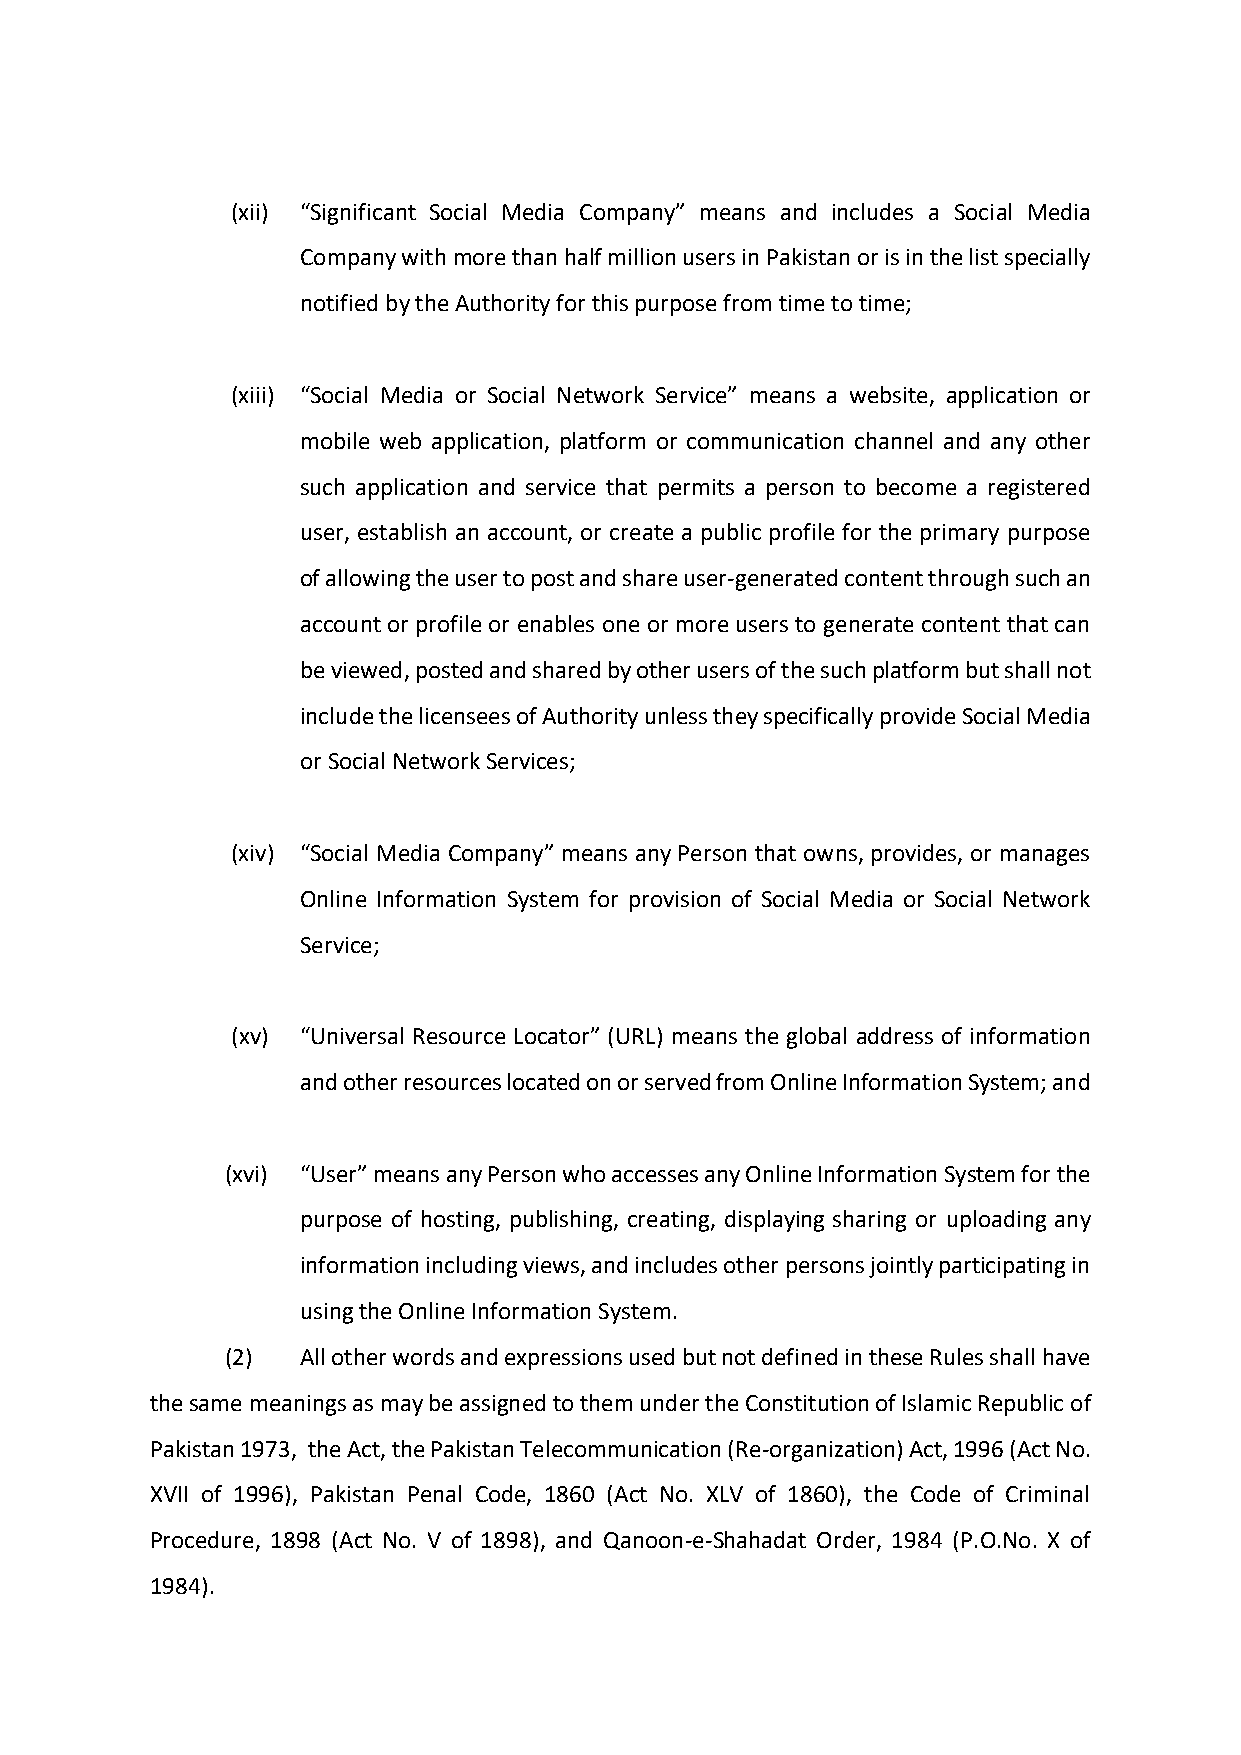
(xii) “Significant Social Media Company” means and includes a Social Media
 Company with more than half million users in Pakistan or is in the list specially
 notified by the Authority for this purpose from time to time;
 (xiii) “Social Media or Social Network Service” means a website, application or
 mobile web application, platform or communication channel and any other
 such application and service that permits a person to become a registered
 user, establish an account, or create a public profile for the primary purpose
 of allowing the user to post and share user-generated content through such an
 account or profile or enables one or more users to generate content that can
 be viewed, posted and shared by other users of the such platform but shall not
 include the licensees of Authority unless they specifically provide Social Media
 or Social Network Services;
 (xiv) “Social Media Company” means any Person that owns, provides, or manages
 Online Information System for provision of Social Media or Social Network
 Service;
 (xv) “Universal Resource Locator” (URL) means the global address of information
 and other resources located on or served from Online Information System; and
 (xvi) “User” means any Person who accesses any Online Information System for the
 purpose of hosting, publishing, creating, displaying sharing or uploading any
 information including views, and includes other persons jointly participating in
 using the Online Information System.
 (2)  All other words and expressions used but not defined in these Rules shall have
 the same meanings as may be assigned to them under the Constitution of Islamic Republic of
 Pakistan 1973, the Act, the Pakistan Telecommunication (Re-organization) Act, 1996 (Act No.
 XVII of 1996), Pakistan Penal Code, 1860 (Act No. XLV of 1860), the Code of Criminal
 Procedure, 1898 (Act No. V of 1898), and Qanoon-e-Shahadat Order, 1984 (P.O.No. X of
 1984).